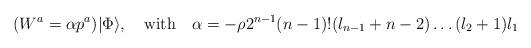
LaTeX: \begin{align*}(W^a = \alpha p^a)|\Phi\rangle, \quad {\rm with} \quad \alpha = -\rho 2^{n-1}(n-1)!(l_{n-1}+n-2)\ldots(l_2+1)l_1 \end{align*}